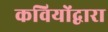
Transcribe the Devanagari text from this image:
कवियोंद्वारा